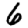
Digit: 6